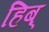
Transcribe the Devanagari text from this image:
हिब्